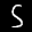
Label: 5